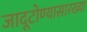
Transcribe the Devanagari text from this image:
जादूटोण्यासारख्या